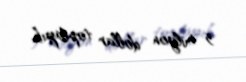
5 milyon dollar toplayıb.